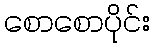
စောစောပိုင်း